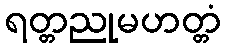
ရတ္တညုမဟတ္တံ